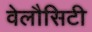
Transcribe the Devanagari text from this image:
वेलौसिटी